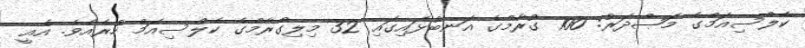
ކެލްސިއަމްގެ މަޞްދަރު: 100 ގުރާމްގެ އަނބުޅައިގައި 32 މިލިގްރާމްގެ ކެލްސިއަމް ހުރެއެވެ. އެއީ